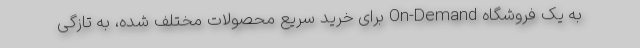
به یک فروشگاه On-Demand برای خرید سریع محصولات مختلف شده، به تازگی